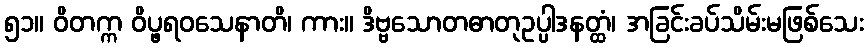
၅၁။ ဝိတက္က ဝိပ္ဖရဝသေနာတိ၊ ကား။ ဒိဗ္ဗသောတဓာတုဥပ္ပါဒနတ္ထံ၊ အခြင်းခပ်သိမ်းမဖြစ်သေး